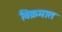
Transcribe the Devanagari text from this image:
विक्रमात